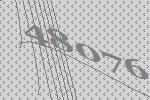
48076